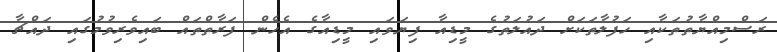
ރަސްމިއްޔާތުތަކާއި ހަފުލާތަކަށް ދައުލަތުގެ މީޑިއާ ފިޔަވައި މީޑިއާގެ އެހެން ފަރާތްތައް ބައިވެރިވުމުގައި ދައްޗާ